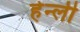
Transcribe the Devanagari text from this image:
हेन्ली